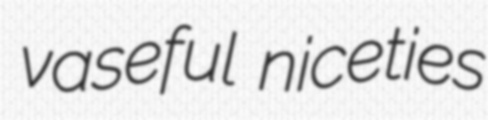
vaseful niceties